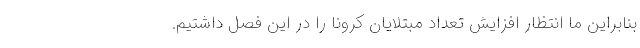
بنابراین ما انتظار افزایش تعداد مبتلایان کرونا را در این فصل داشتیم.